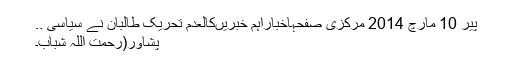
پیر 10 مارچ 2014 مرکزی صفحہاخباراہم خبریںکالعدم تحریک طالبان نے سیاسی ..
پشاور(رحمت اللہ شباب۔